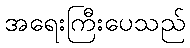
အရေးကြီးပေသည်